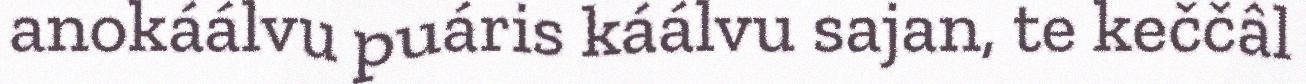
anokáálvu puáris káálvu sajan, te keččâl